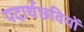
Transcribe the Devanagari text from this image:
पदार्थछवियों